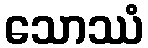
သောဿံ